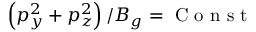
\left( p _ { y } ^ { 2 } + p _ { z } ^ { 2 } \right) / B _ { g } = \mathrm { ~ C ~ o ~ n ~ s ~ t ~ }